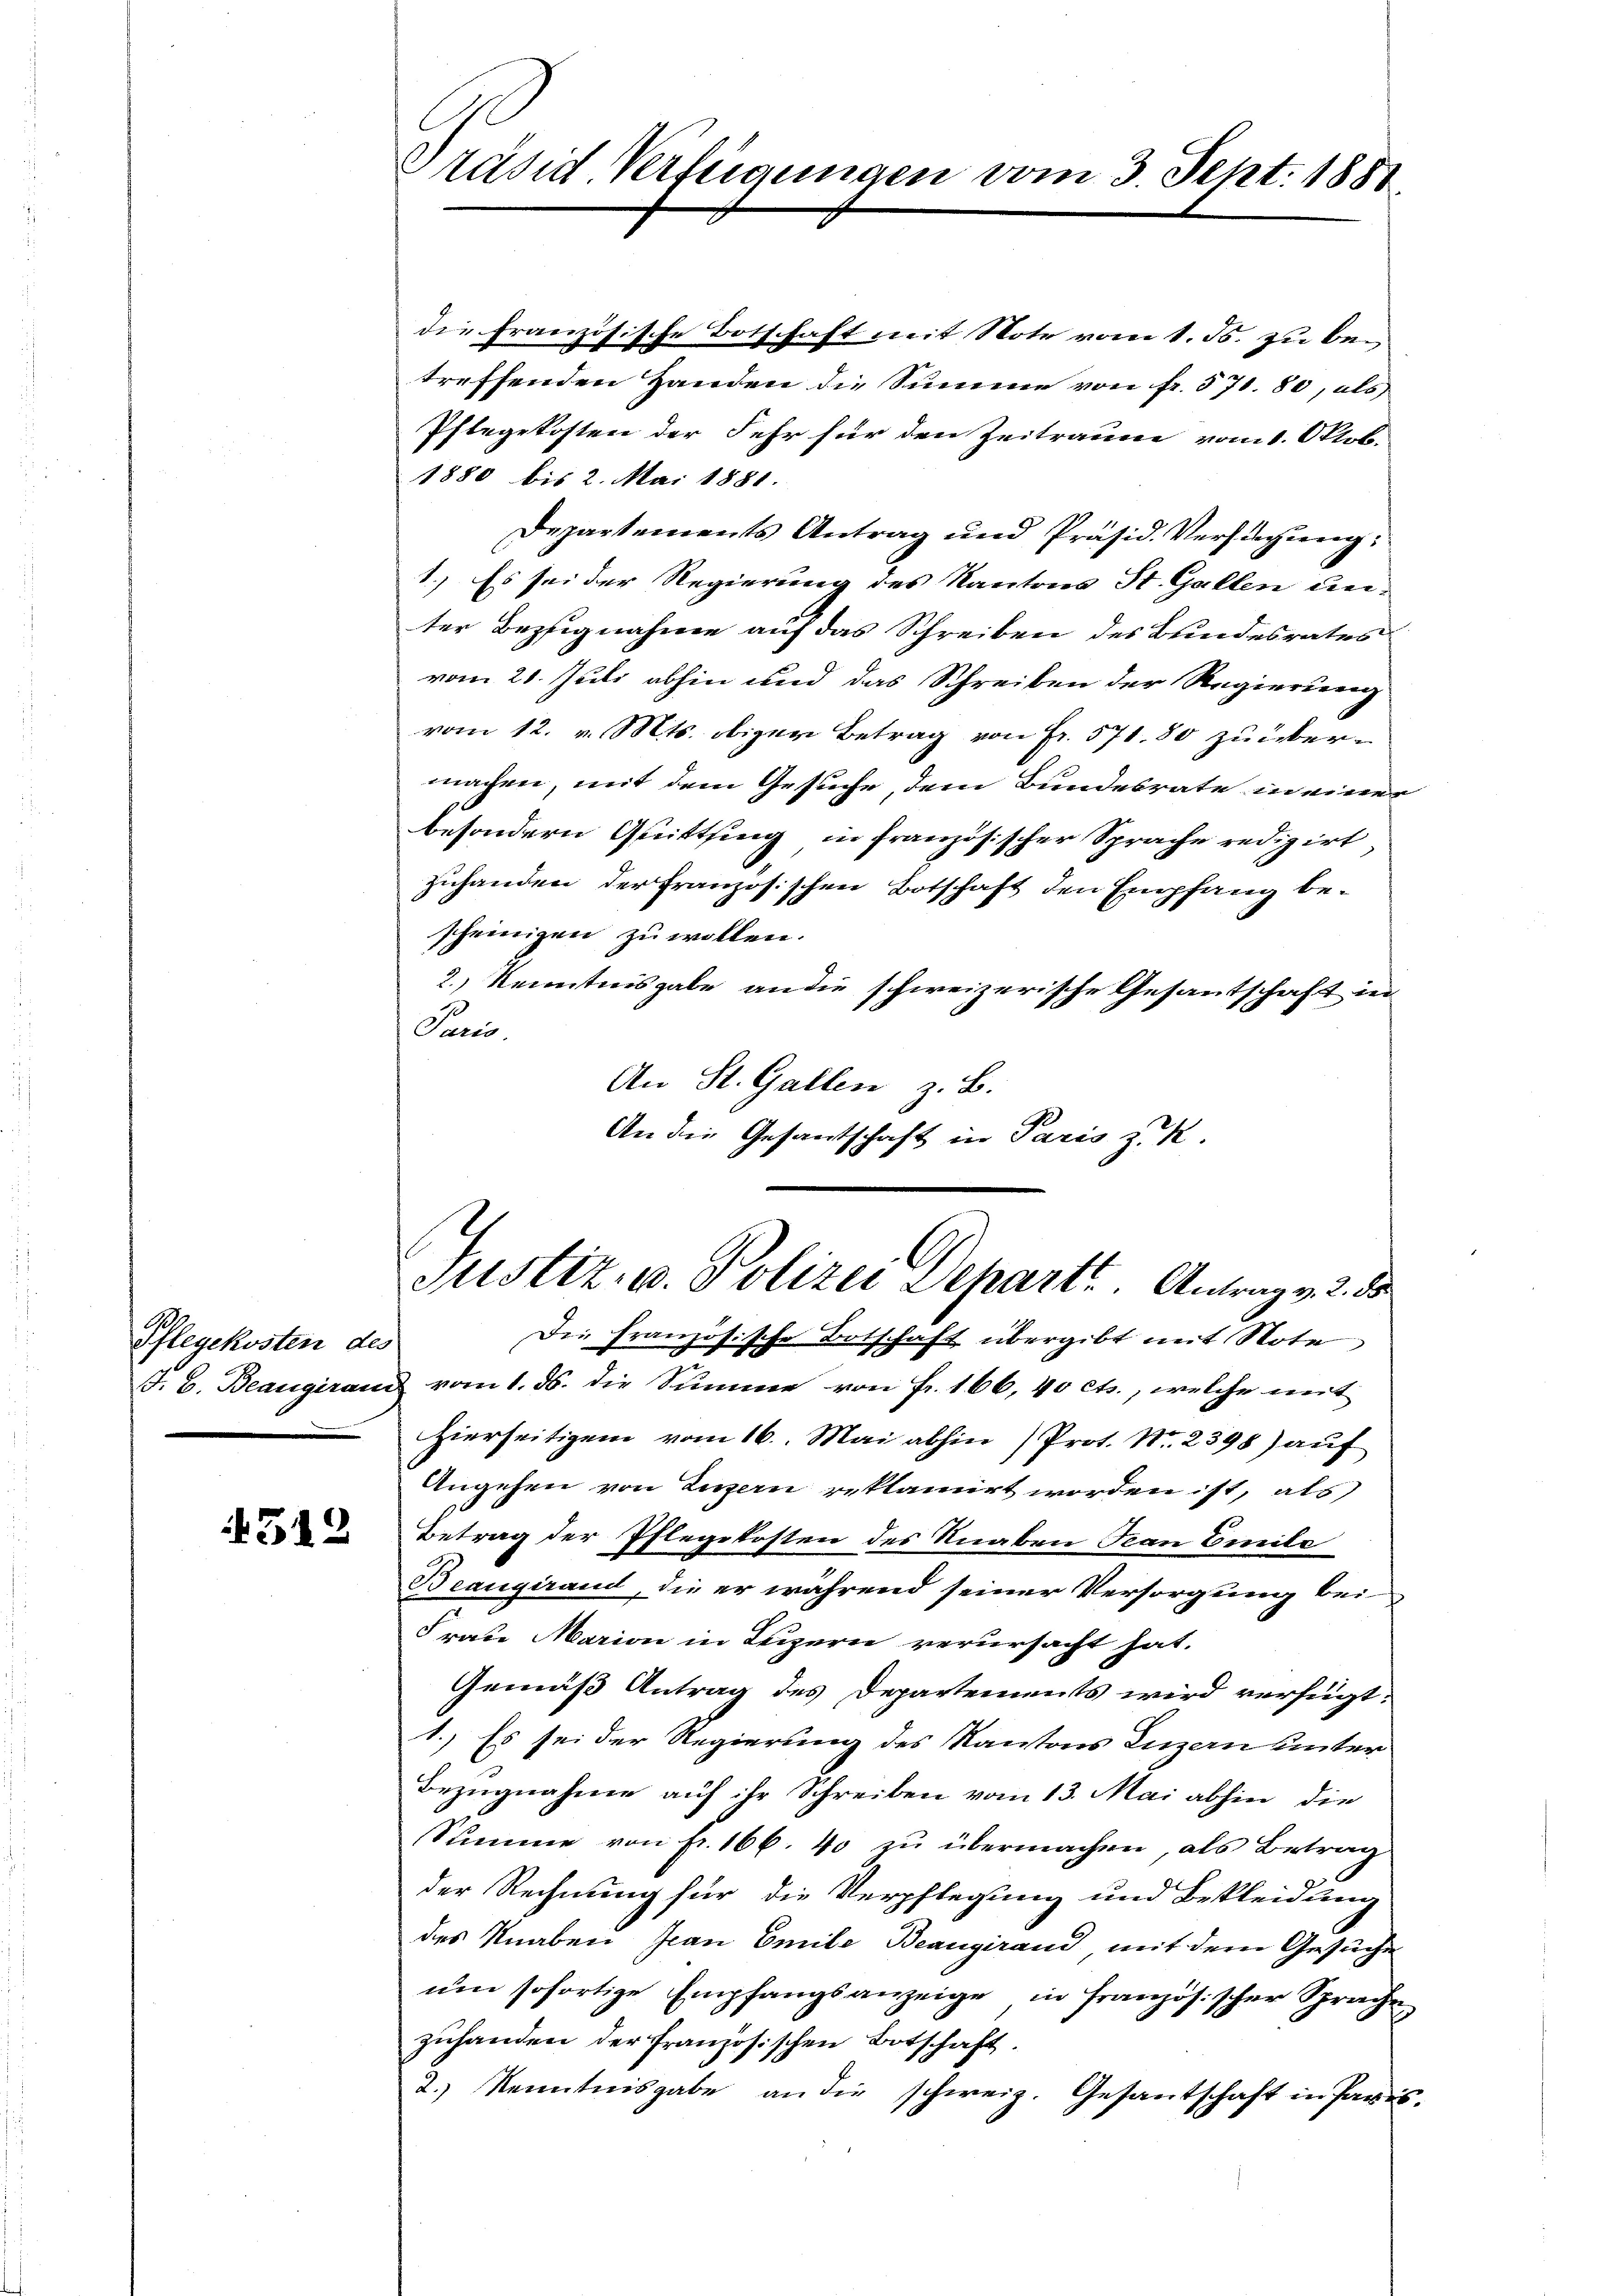
Pflegekosten des

512

Präsid. Verfügungen vom 3. Sept. 1881.

die französische Botschaft mit Note vom 1. Js. zu betreffenden Handen die Summe von fr. 571. 80, als |
Pflegekosten der Sehr für den Zeitraume vom 1. Oktob.
1880 bis 2. Mai 1881.
Departements Antrag und Präsid. Versuchung:
1.) Es sei der Regierung des Kantons St. Gallen unter Bezugnahme auf das Schreiben des Bundesrates
vom 20. Juli abhin und das Schreiben der Regierung
vom 12. v. Mts. obiger Betrag von Fr. 571. 80 zu übermachen, mit dem Gesuche, dem Bundesrate in einer
besondern Quitting in französischer Sprache redigirt
zuhanden der französischen Botschaft den Empfang bescheinigen zu wollen.
2.) Kenntnisgabe an die schweizerische Gesantschaft in
Paris.
An St. Gallen z. B.
An die Gesantschaft in Paris z. K.

Die französische Botschaft übergibt mit Note
J. C. Beaugiranz vom 1. ds. die Summe von Fr. 166, 40 cts., welche mit
Hierseitigen vom 16. Mai abhin (Prot. Nr. 2398) auf
Angehen von Luzern reklamirt worden ist, als
Betrag der Pflegekosten des Knaben Jean Bereite
Beaugurand, die er während seiner Versorgung bei
Frau Marien in Luzern verursacht hat.
Gemäß Antrag des Departements wird verfügt:
1.) Es sei der Regierung des Kantons Luzen hinter
Bezugnahme auf ihr Schreiben vom 13. Mai abhin, die
Summe von fr. 166. 40 zu übermachen, als Betrag
der Rechnung für die Verpflegung und Bekleidung
des Knaben Jean Emile Beaugirand mit dem Gesuche
um sofortige Empfangsanzeige in französischer Sprache
zuhanden der Französischen Botschaft.
2.) Kenntnisgabe an die schweiz. Gesantschaft in Paris.

Justiz- u. Polizei Depart. Antrag v. 2. d